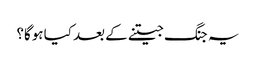
یہ جنگ جیتنے کے بعد کیا ہوگا؟